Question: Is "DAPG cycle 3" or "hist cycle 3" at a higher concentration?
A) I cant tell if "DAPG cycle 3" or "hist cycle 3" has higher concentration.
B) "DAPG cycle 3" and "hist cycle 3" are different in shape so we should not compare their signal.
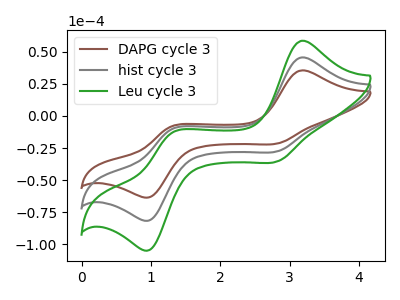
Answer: <think>The brown curve "DAPG cycle 3" has anodic peaks at (3.15V, 35.55uA) (1.30V, -7.90uA) and cathodic peaks at (2.85V, -21.40uA) (1.00V, -63.25uA). The gray curve "hist cycle 3" has anodic peaks at (3.15V, 45.65uA) (1.30V, -10.15uA) and cathodic peaks at (2.85V, -27.50uA) (1.00V, -81.20uA). The green curve "Leu cycle 3" has anodic peaks at (3.15V, 91.30uA) (1.30V, -20.30uA) and cathodic peaks at (2.85V, -55.00uA) (1.00V, -162.45uA).
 All the peaks in "DAPG cycle 3" have a peak in "hist cycle 3" at the same potential.</think>
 <answer>A) I cant tell if "DAPG cycle 3" or "hist cycle 3" has higher concentration.</answer>
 <eval>A</eval>